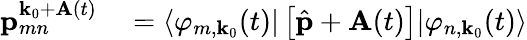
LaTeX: \begin{array}{rl}{\textbf{p}_{mn}^{\textbf{k}_{0}+\textbf{A}(t)}}&{{}=\langle\varphi_{m,\textbf{k}_{0}}(t)|\left[\hat{\textbf{p}}+\textbf{A}(t)\right]|\varphi_{n,\textbf{k}_{0}}(t)\rangle}\end{array}